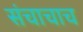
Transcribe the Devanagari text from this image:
संचाचाच